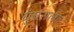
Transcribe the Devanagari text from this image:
घुंघराला